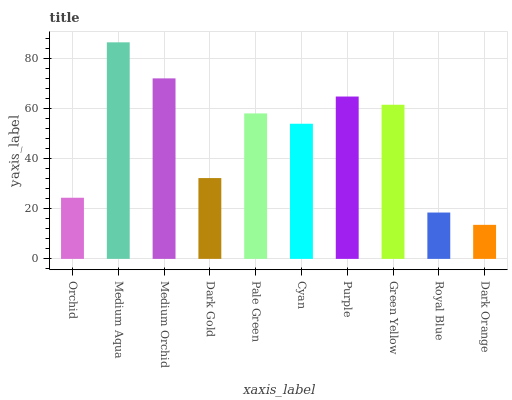
| xaxis_label | bars |
 | --- | --- |
 | Orchid | 24.4 |
 | Medium Aqua | 86.3 |
 | Medium Orchid | 72 |
 | Dark Gold | 32.2 |
 | Pale Green | 58 |
 | Cyan | 53.9 |
 | Purple | 64.7 |
 | Green Yellow | 61.4 |
 | Royal Blue | 18.5 |
 | Dark Orange | 13.6 |